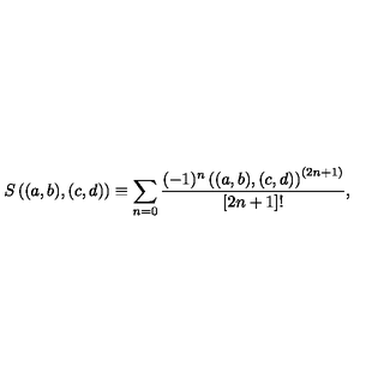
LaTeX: S \left( ( a , b ) , ( c , d ) \right) \equiv \sum _ { n = 0 } \frac { ( - 1 ) ^ { n } \left( ( a , b ) , ( c , d ) \right) ^ { ( 2 n + 1 ) } } { [ 2 n + 1 ] ! } ,